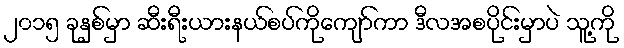
၂၀၁၅ ခုနှစ်မှာ ဆီးရီးယားနယ်စပ်ကိုကျော်ကာ ဒီလအစပိုင်းမှာပဲ သူ့ကို